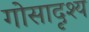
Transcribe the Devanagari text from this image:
गोसादृश्य